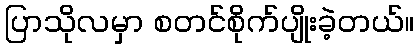
ပြာသိုလမှာ စတင်စိုက်ပျိုးခဲ့တယ်။